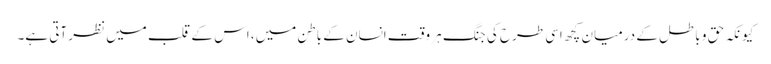
کیونکہ حق و باطل کے درمیان کچھ اسی طرح کی جنگ ہر وقت انسان کے باطن میں، اس کے قلب میں نظر آتی ہے۔